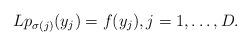
LaTeX: \begin{align*}Lp_{\sigma(j)}(y_j)=f(y_j),j=1,\ldots,D.\end{align*}